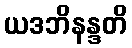
ယဒဘိနန္ဒတိ